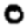
Digit: 0